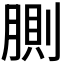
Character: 𰮸